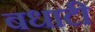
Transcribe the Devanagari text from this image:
बधाटी